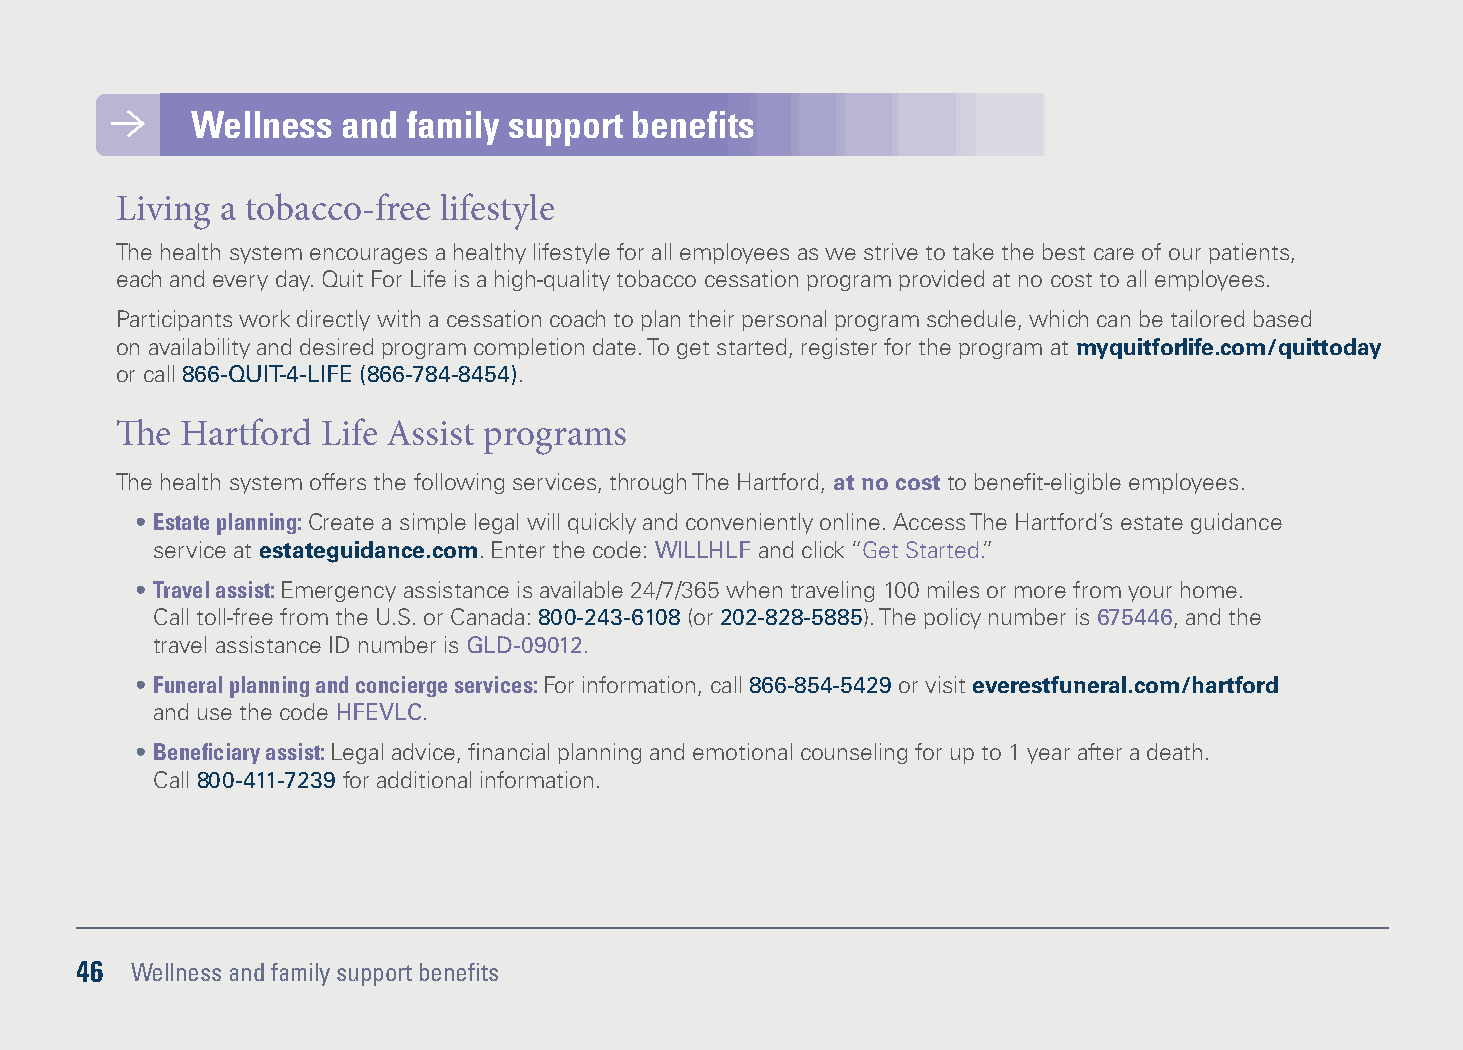
Wellness  and family support benefits
 Living a tobacco-free lifestyle
 The health system encourages a healthy lifestyle for all employees as we strive to take the best care of our patients,
 each and every day. Quit For Life is a high-quality tobacco cessation program provided at no cost to all employees.
 Participants work directly with a cessation coach to plan their personal program schedule, which can be tailored based
 on availability and desired program completion date. To get started, register for the program at myquitforlife.com/quittoday
 or call 866-QUIT-4-LIFE (866-784-8454).
 The Hartford Life Assist programs
 The health system offers the following services, through The Hartford, at no cost to benefit-eligible employees.
 • Estate planning: Create a simple legal will quickly and conveniently online. Access The Hartford’s estate guidance
 service at estateguidance.com. Enter the code: WILLHLF and click “Get Started.”
 • Travel assist: Emergency assistance is available 24/7/365 when traveling 100 miles or more from your home.
 Call toll-free from the U.S. or Canada: 800-243-6108 (or 202-828-5885). The policy number is 675446, and the
 travel assistance ID number is GLD-09012.
 • Funeral planning and concierge services: For information, call 866-854-5429 or visit everestfuneral.com/hartford
 and use the code HFEVLC.
 • Beneficiary assist: Legal advice, financial planning and emotional counseling for up to 1 year after a death.
 Call 800-411-7239 for additional information.
 46  Wellness and family support benefits